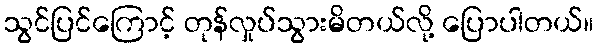
သွင်ပြင်ကြောင့် တုန်လှုပ်သွားမိတယ်လို့ ပြောပါတယ်။